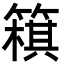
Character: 簯